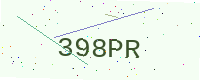
Text: 398PR